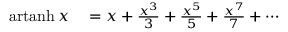
\begin{array} { r l } { \operatorname { a r t a n h } x } & { { } = x + { \frac { x ^ { 3 } } { 3 } } + { \frac { x ^ { 5 } } { 5 } } + { \frac { x ^ { 7 } } { 7 } } + \cdots } \end{array}